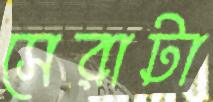
সেরাটা